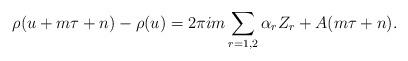
LaTeX: \begin{align*} \rho(u+m\tau+n)-\rho(u) = 2\pi im\sum_{r=1,2}\alpha_r Z_r+A(m\tau+n).\end{align*}